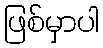
ဖြစ်မှာပါ